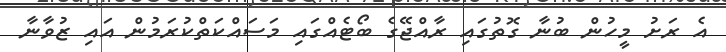
އެ ރަށު މީހުން ބުނާ ގޮތުގައި ރާއްޖޭގެ ބޯޓެއްގައި މަސައްކަތްކުރަމުން އައި ޒުވާނާ